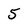
Character: 5